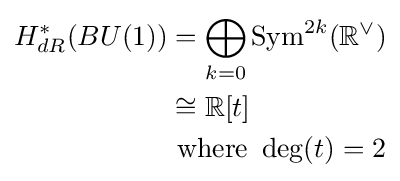
{\begin{aligned}H_{dR}^{*}(BU(1))&=\bigoplus _{k=0}{\text{Sym}}^{2k}(\mathbb {R} ^{\vee })\\&\cong \mathbb {R} [t]\\&{\text{ where }}\deg(t)=2\end{aligned}}